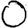
Digit: 0